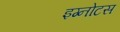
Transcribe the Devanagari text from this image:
इग्नोटस